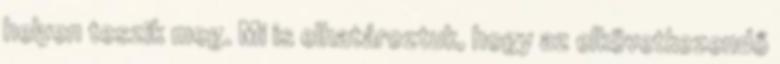
helyen teszik meg. Mi is elhatároztuk, hogy az elkövetkezendő